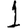
Digit: 1